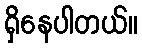
ရှိနေပါတယ်။